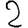
Digit: 2